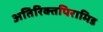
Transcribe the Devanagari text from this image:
अतिरिक्तपिरामिड